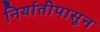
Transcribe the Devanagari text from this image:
निर्यातीपासून